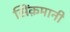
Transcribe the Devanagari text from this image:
सिंक़मानी